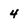
Character: 4